Vaccination in Bombay 1874-1876 - 1874-1876
Year: 1874
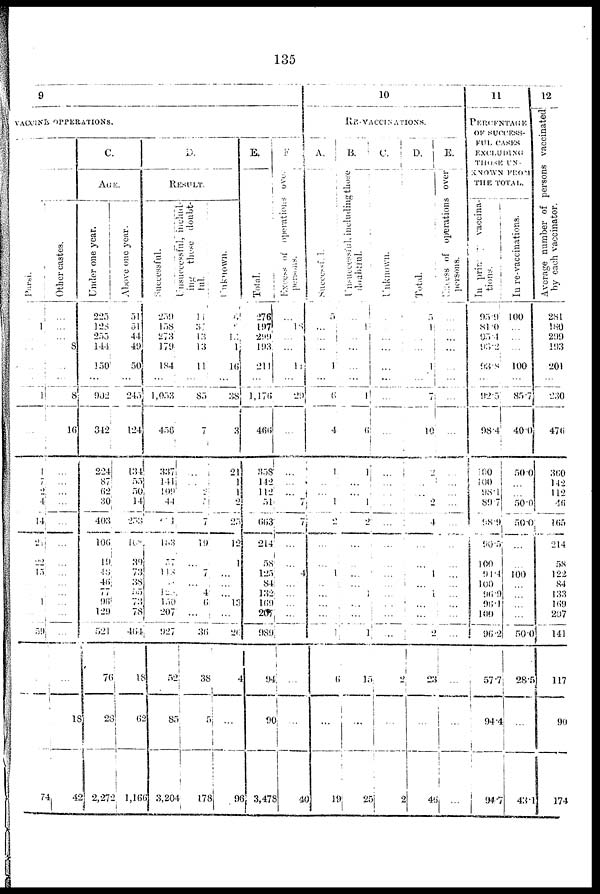
135
9
VACCINE OPPERATIONS.
Parsi.
...
1
...
...
...
...
1
...
1
7
2
4
14
21
22
15
...
...
1
...
59
...
...
74
Other castes.
...
...
...
8
...
...
8
16
...
...
...
...
...
...
...
...
...
...
...
...
...
...
18
42
C.
AGE.
Under one year.
225
128
255
144
150
...
902
342
224
87
62
30
403
106
19
48
46
77
96
129
521
70
28
2,272
Above one year.
51
51
44
49
50
...
245
124
134
55
50
14
253
108
39
73
38
55
73
78
464
18
62
1,166
D.
RESULT.
Successful.
259
158
273
179
184
...
1,053
456
337
141
109
44
631
183
57
118
...
42
150
207
927
52
85
3,204
Unsuccessful, includ-
ing these doubt-
ful.
11
37
13
13
11
...
85
7
...
...
2
5
7
19
...
7
...
4
6
...
36
38
5
178
Unknown.
6
2
13
1
16
...
38
3
21
1
1
2
25
12
1
...
...
...
13
...
26
4
...
96
E.
Total.
276
197
299
193
211
...
1,176
466
358
142
112
51
663
214
58
125
84
132
169
207
989
94
90
3,478
F.
Excess of operations over
persons.
...
18
...
...
11
...
29
...
...
...
...
7
7
...
...
4
...
...
...
...
...
...
...
40
10
RE-VACCINATIONS.
A.
Successful.
5
...
...
...
1
...
6
4
1
...
...
1
2
...
...
1
...
...
...
...
1
6
...
19
B.
Unsuccessful, including those
doubtful.
...
1
...
...
...
...
1
6
1
...
...
1
2
...
...
...
...
...
...
...
1
15
...
25
C.
Unknown.
...
...
...
...
...
...
...
...
...
...
...
...
...
...
...
...
...
...
...
...
...
2
...
2
D.
Total.
5
1
...
...
1
...
7
10
2
...
...
2
4
...
...
1
...
1
...
...
2
23
...
46
E.
Excess
of operations over
persons.
...
...
...
...
...
...
...
...
...
...
...
...
...
...
...
...
...
...
...
...
...
...
...
...
11
PERCENTAGE
OF SUCCESS-
FUL CASES
EXCLUDING
THOSE UN-
KNOWN FROM
THE TOTAL.
In primary vaccina-
tions.
95.9
81.0
95.4
93.2
93.8
...
92.5
98.4
100
100
98.1
89.7
98.9
90.5
100
94.4
100
96.9
96.1
100
96.2
57.7
94.4
94.7
In re-vaccinations.
100
...
...
...
100
...
85.7
40.0
50.0
...
...
50.0
50.0
...
...
100
...
...
...
...
50.0
28.5
...
43.1
12
Average number of persons vaccinated
by each vaccinator.
281
180
299
193
201
...
230
476
360
142
112
46
165
214
58
122
84
133
169
207
141
117
90
174